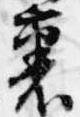
裏